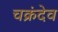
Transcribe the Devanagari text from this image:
चक्रंदेव